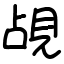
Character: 覘